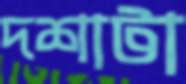
দশাটা